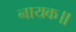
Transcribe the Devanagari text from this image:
नायक॥